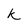
Character: K